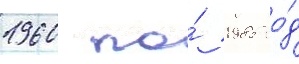
1960 по́ 1985 го́д